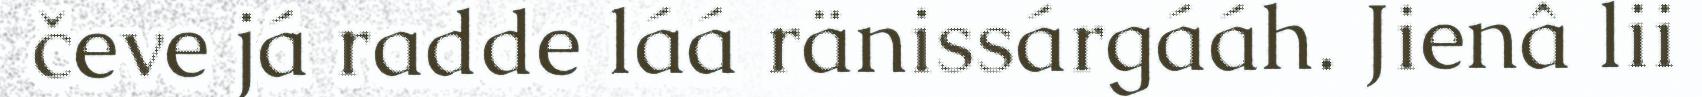
čeve já radde láá ränissárgááh. Jienâ lii